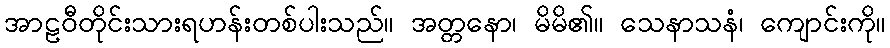
အာဠဝီတိုင်းသားရဟန်းတစ်ပါးသည်။ အတ္တနော၊ မိမိ၏။ သေနာသနံ၊ ကျောင်းကို။